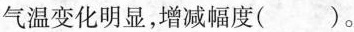
气温变化明显，增减幅度( )。